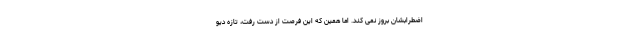
اضطرابشان بروز نمی کند. اما همین که این فرصت از دست رفت، تازه دیو